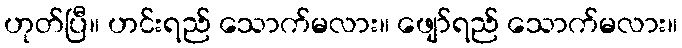
ဟုတ်ပြီ။ ဟင်းရည် သောက်မလား။ ဖျော်ရည် သောက်မလား။